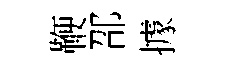
鞭邵據